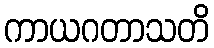
ကာယဂတာသတိ